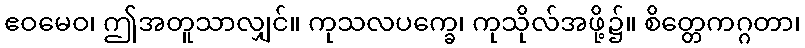
ဧဝမေဝ၊ ဤအတူသာလျှင်။ ကုသလပက္ခေ၊ ကုသိုလ်အဖို့၌။ စိတ္တေကဂ္ဂတာ၊